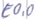
Text: E0.0